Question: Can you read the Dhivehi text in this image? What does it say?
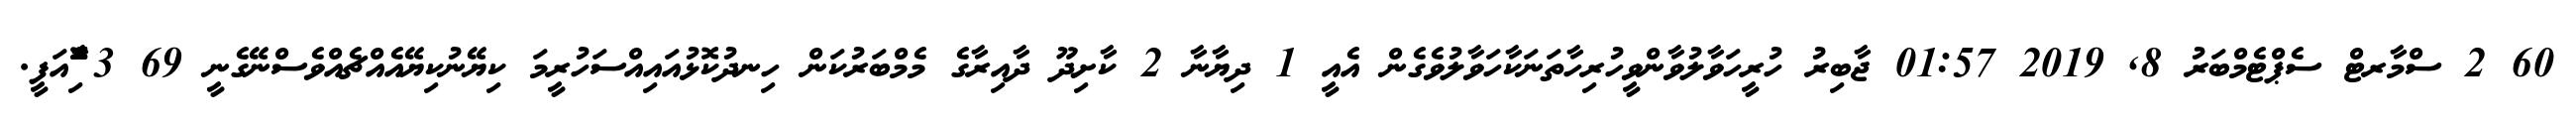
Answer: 60 2 ސްމާރޓް ސެޕްޓެމްބަރު 8, 2019 01:57 ޖާބިރު ހުރީހަވާލުވާންވީހުރިހާތަނަކާހަވާލުވެގެން އެއީ 1 ދިޔާނާ 2 ކާށިދޫ ދާއިރާގެ މެމްބަރުކަން ހިނދުކޮޅުއައިއްސަހުރީމަ ކިޔޭނުކިޔޭއެއްޗެއްވެސްނޭގެނީ 69 3 ާަަަަަެެެޮޮިުއަފީ.